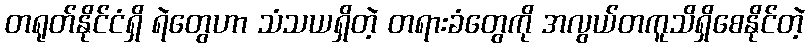
တရုတ်နိုင်ငံရှိ ရဲတွေဟာ သံသယရှိတဲ့ တရားခံတွေကို အလွယ်တကူသိရှိစေနိုင်တဲ့